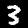
Digit: 3